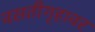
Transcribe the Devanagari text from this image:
वसतीगृहावर